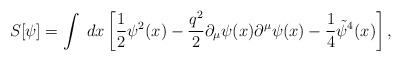
\begin{align*}S[\psi]= \int\; dx\left[\frac12 \psi^2(x)-\frac{q^2}{2}\partial_\mu \psi(x)\partial^\mu \psi(x) -\frac14\tilde{\psi}^4(x) \right], \end{align*}